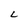
Character: L